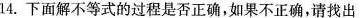
14.下面解不等式的过程是否正确，如果不正确，请找出